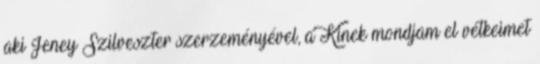
aki Jeney Szilveszter szerzeményével, a Kinek mondjam el vétkeimet